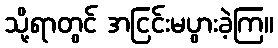
သို့ရာတွင် အငြင်းမပွားခဲ့ကြ။